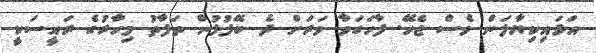
އަޅައިކިޔާލަން ވެސް ޖެހޭ. ފާހަގަވާ ވަރަށް ދެ ބޭފުޅުން ތަފާތު މިހާރުގެ ރައީސަކީ